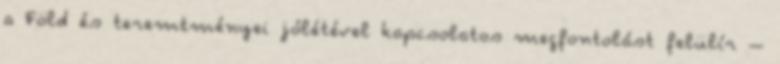
a Föld és teremtményei jólétével kapcsolatos megfontolást felülír –